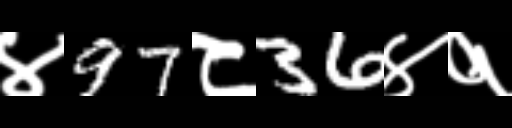
Text: ४97८36४१